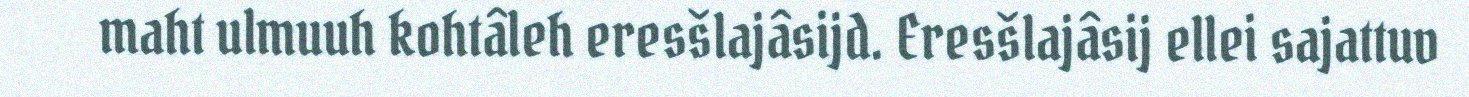
maht ulmuuh kohtâleh eresšlajâsijd. Eresšlajâsij ellei sajattuv